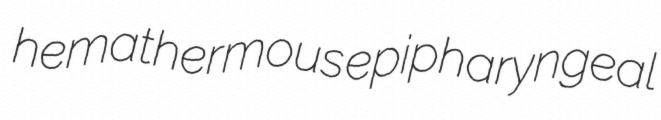
hemathermous epipharyngeal